Subject: cs
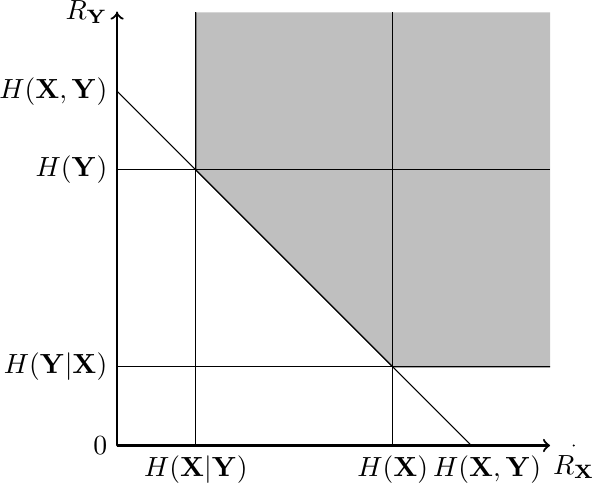
LaTeX code:
    \begin{tikzpicture}
    \draw [thick,->](0,0) -- (5.5,0);
    \draw [thick,->](0,0) -- (0,5.5);
    \fill [gray!50](1,5.5) -- (1,3.5) -- (3.5,1) -- (5.5,1) -- (5.5,5.5);
    \draw [thin](0,1) -- (5.5,1);
    \draw [thin](0,3.5) -- (5.5,3.5);
    \draw [thin](1,0) -- (1,5.5);
    \draw [thin](3.5,0) -- (3.5,5.5);
    \draw [thin](4.5,0) -- (0,4.5);
    \draw [thin](1,5.5) -- (1,3.5) -- (3.5,1) -- (5.5,1);
    \filldraw[black] (1,0) circle (0.1pt) node[anchor=north] {$H(\mathbf{X}|\mathbf{Y})$};
    \filldraw[black] (3.5,0) circle (0.1pt) node[anchor=north] {$H(\mathbf{X})$};
    \filldraw[black] (4.7,0) circle (0.1pt) node[anchor=north] {$H(\mathbf{X},\mathbf{Y})$};
    \filldraw[black] (0,1) circle (0.1pt) node[anchor=east] {$H(\mathbf{Y}|\mathbf{X})$};
    \filldraw[black] (0,3.5) circle (0.1pt) node[anchor=east] {$H(\mathbf{Y})$};
    \filldraw[black] (0,4.5) circle (0.1pt) node[anchor=east] {$H(\mathbf{X},\mathbf{Y})$};
    \filldraw[black] (5.8,0) circle (0.1pt) node[anchor=north] {$R_\mathbf{X}$};
    \filldraw[black] (0,5.5) circle (0.1pt) node[anchor=east] {$R_\mathbf{Y}$};
    \filldraw[black] (0,0) circle (0.1pt) node[anchor=east] {$0$};
    \end{tikzpicture}